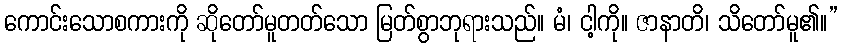
ကောင်းသောစကားကို ဆိုတော်မူတတ်သော မြတ်စွာဘုရားသည်။ မံ၊ ငါ့ကို။ ဇာနာတိ၊ သိတော်မူ၏။”